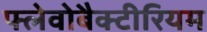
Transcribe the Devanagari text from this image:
फ्लेवोबैक्टीरियम